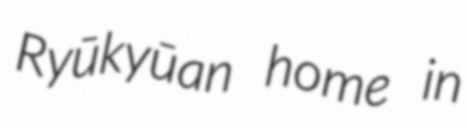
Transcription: Ryūkyūan home in